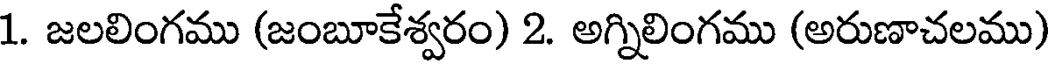
1. జలలింగము (జంబూకేశ్వరం) 2. అగ్నిలింగము (అరుణాచలము)